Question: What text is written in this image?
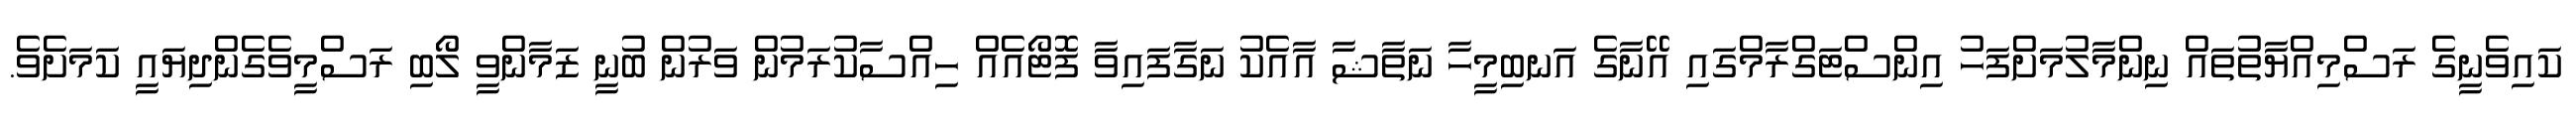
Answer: ކައިވެނީގެ ރަސްމިއްޔާތުތައް ނިންމާލުމަށްފަހު އިންސްޓަގްރާމްގައި އޭނާގެ އަނބިމީހާ ނަތާޝާ އާއެކު ނަގާފައިވާ ފޮޓޯއެއް ހިއްސާކުރަމުން ވަރުން ބުނީ ޒަމާންވީ ލޯބި ރަސްމީވެގެންދިޔައީ ކަމަށެވެ.